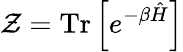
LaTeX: \mathcal{Z}=\mathop{\mathrm{Tr}}{\left[e^{-\beta\hat{H}}\right]}